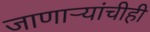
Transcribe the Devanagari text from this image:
जाणाऱ्यांचीही